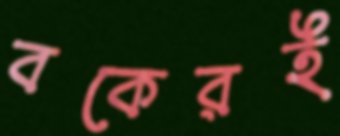
বকেরই